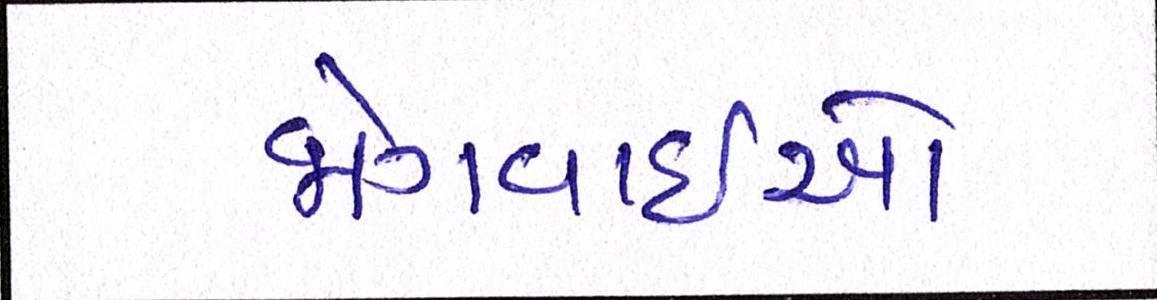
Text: જોગવાઇઓ